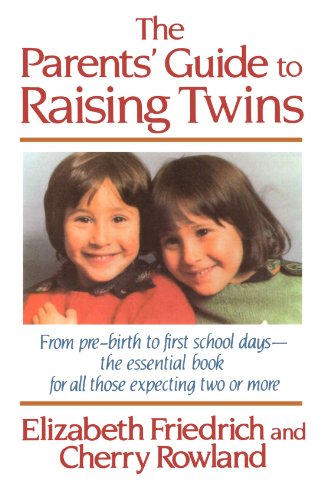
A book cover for The Parent's Guide to Raising Twins: From Pre-Birth To First School Days-The Essential Book For All Those Expecting Two Or More; Elizabeth Friedrich; Parenting & Relationships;